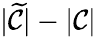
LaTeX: |\widetilde{\mathcal{C}}|-|\mathcal{C}|